Civil Veterinary Department ledger series I-VI
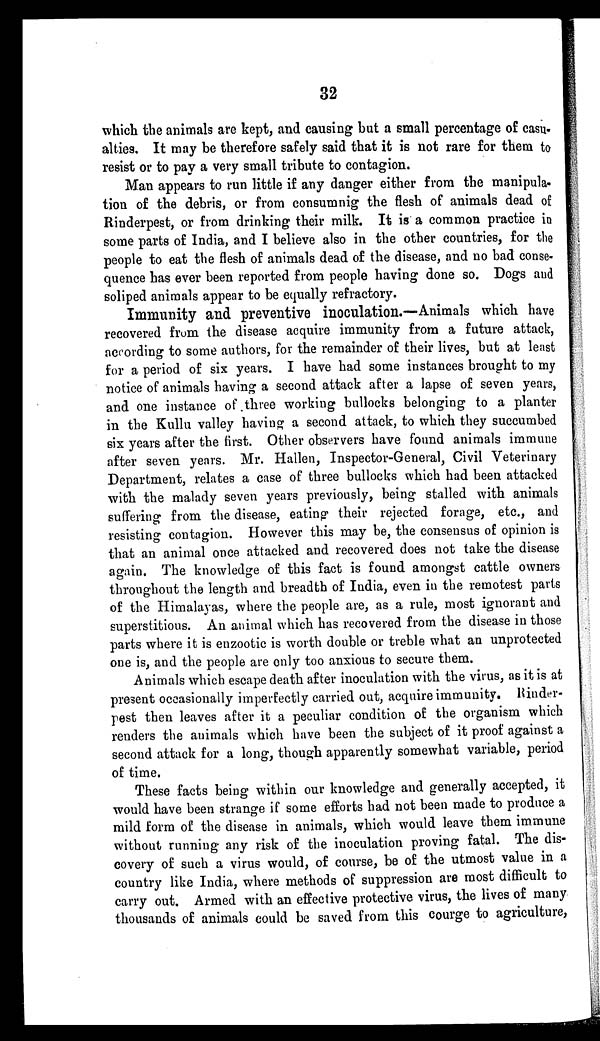
32
which the animals are kept, and causing but a small percentage of casu-
alties. It may be therefore safely said that it is not rare for them to
resist or to pay a very small tribute to contagion.
Man appears to run little if any danger either from the manipula-
tion of the debris, or from consumnig the flesh of animals dead of
Rinderpest, or from drinking their milk. It is a common practice in
some parts of India, and I believe also in the other countries, for the
people to eat the flesh of animals dead of the disease, and no bad conse-
quence has ever been reported from people having done so. Dogs and
soliped animals appear to be equally refractory.
Immunity and preventive inoculation.—Animals which have
recovered from the disease acquire immunity from a future attack,
according to some authors, for the remainder of their lives, but at least
for a period of six years. I have had some instances brought to my
notice of animals having a second attack after a lapse of seven years,
and one instance of three working bullocks belonging to a planter
in the Kullu valley having a second attack, to which they succumbed
six years after the first. Other observers have found animals immune
after seven years. Mr. Hallen, Inspector-General, Civil Veterinary
Department, relates a case of three bullocks which had been attacked
with the malady seven years previously, being stalled with animals
suffering from the disease, eating their rejected forage, etc., and
resisting contagion. However this may be, the consensus of opinion is
that an animal once attacked and recovered does not take the disease
again. The knowledge of this fact is found amongst cattle owners
throughout the length and breadth of India, even in the remotest parts
of the Himalayas, where the people are, as a rule, most ignorant and
superstitious. An animal which has recovered from the disease in those
parts where it is enzootic is worth double or treble what an unprotected
one is, and the people are only too anxious to secure them.
Animals which escape death after inoculation with the virus, as it is at
present occasionally imperfectly carried out, acquire immunity. Rinder-
pest then leaves after it a peculiar condition of the organism which
renders the animals which have been the subject of it proof against a
second attack for a long, though apparently somewhat variable, period
of time.
These facts being within our knowledge and generally accepted, it
would have been strange if some efforts had not been made to produce a
mild form of the disease in animals, which would leave them immune
without running any risk of the inoculation proving fatal. The dis-
covery of such a virus would, of course, be of the utmost value in a
country like India, where methods of suppression are most difficult to
carry out. Armed with an effective protective virus, the lives of many
thousands of animals could be saved from this courge to agriculture,